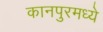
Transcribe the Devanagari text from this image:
कानपुरमध्ये